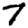
Digit: 7